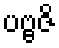
ပဗ္ဗဇိ